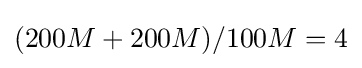
(200M+200M)/100M=4